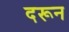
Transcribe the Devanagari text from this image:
दरून